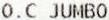
O.C JUMBO